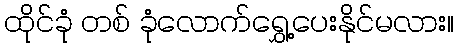
ထိုင်ခုံ တစ် ခုံလောက်ရွှေ့ပေးနိုင်မလား။